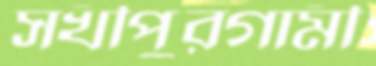
সখীপুরগামী